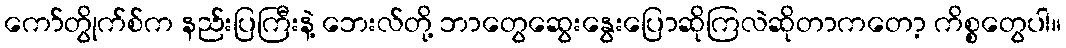
ကော်တွိုက်စ်က နည်းပြကြီးနဲ့ ဘေးလ်တို့ ဘာတွေဆွေးနွေးပြောဆိုကြလဲဆိုတာကတော့ ကိစ္စတွေပါ။